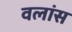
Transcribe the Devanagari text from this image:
वलांस